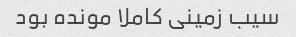
سیب زمینی کاملا مونده بود